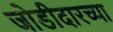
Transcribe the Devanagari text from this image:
जोडीदारच्या